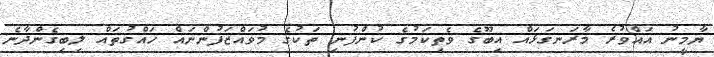
ޔާމީނު އައްވުރެ މާރަނގަޅައް އިބޫގެ ވެތިކަމުގެ ކުންފުނި ތަކުގެ މުވައްޒަފުންނައް ހައްގުތައް ލިބިގެންދާނެ